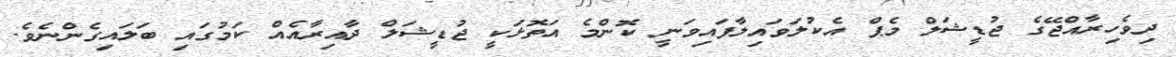
ދިވެހިރާއްޖޭގެ ޖުޑީޝަލް މެޕް އެކުލަވައިލާފައިވަނީ ކޮންމެ އަތޮޅަކީ ޖުޑީޝަލް ދާއިރާއެއް ކަމުގައި ބަލައިގެންނެވެ.